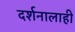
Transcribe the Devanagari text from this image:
दर्शनालाही